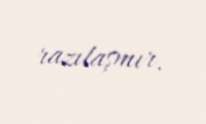
razılaşmır.